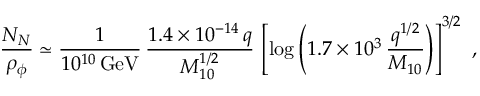
\frac { N _ { N } } { \rho _ { \phi } } \simeq \frac { 1 } { 1 0 ^ { 1 0 } \, \mathrm { { G e V } } } \, \frac { 1 . 4 \times 1 0 ^ { - 1 4 } \, q } { M _ { 1 0 } ^ { 1 / 2 } } \, \left[ \log \left( 1 . 7 \times 1 0 ^ { 3 } \, \frac { q ^ { 1 / 2 } } { M _ { 1 0 } } \right) \right] ^ { 3 / 2 } \, \, ,